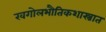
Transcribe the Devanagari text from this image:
खगोलभौतिकशास्त्रात